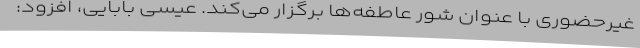
غیرحضوری با عنوان شور عاطفه‌ها برگزار می‌کند. عیسی بابایی، افزود: